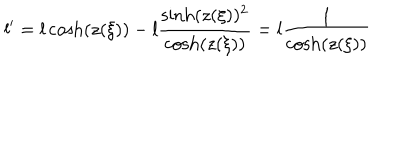
LaTeX: l ^ { \prime } = l \cosh ( z ( \xi ) ) - l \frac { \sinh ( z ( \xi ) ) ^ { 2 } } { \cosh ( z ( \xi ) ) } = l \frac { 1 } { \cosh ( z ( \xi ) ) }